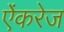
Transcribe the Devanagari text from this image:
ऐंकरेज